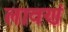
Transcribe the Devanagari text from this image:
लावणं